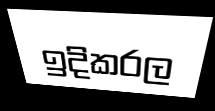
ඉදිකරල